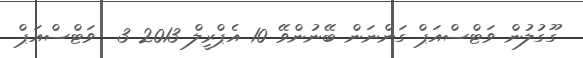
ގޫގުލުން ވަޓްސްއަޕް ގަންނަން ބޭނުންވޭ 10 އެޕްރީލް 2013 3  ވަޓްސްއަޕް